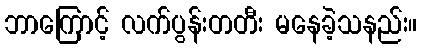
ဘာကြောင့် လက်ပွန်းတတီး မနေခဲ့သနည်း။